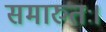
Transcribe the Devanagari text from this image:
समारुतः।